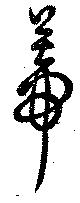
蔕